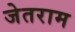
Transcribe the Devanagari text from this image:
जेतराम